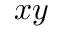
x y